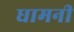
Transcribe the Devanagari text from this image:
धामनी